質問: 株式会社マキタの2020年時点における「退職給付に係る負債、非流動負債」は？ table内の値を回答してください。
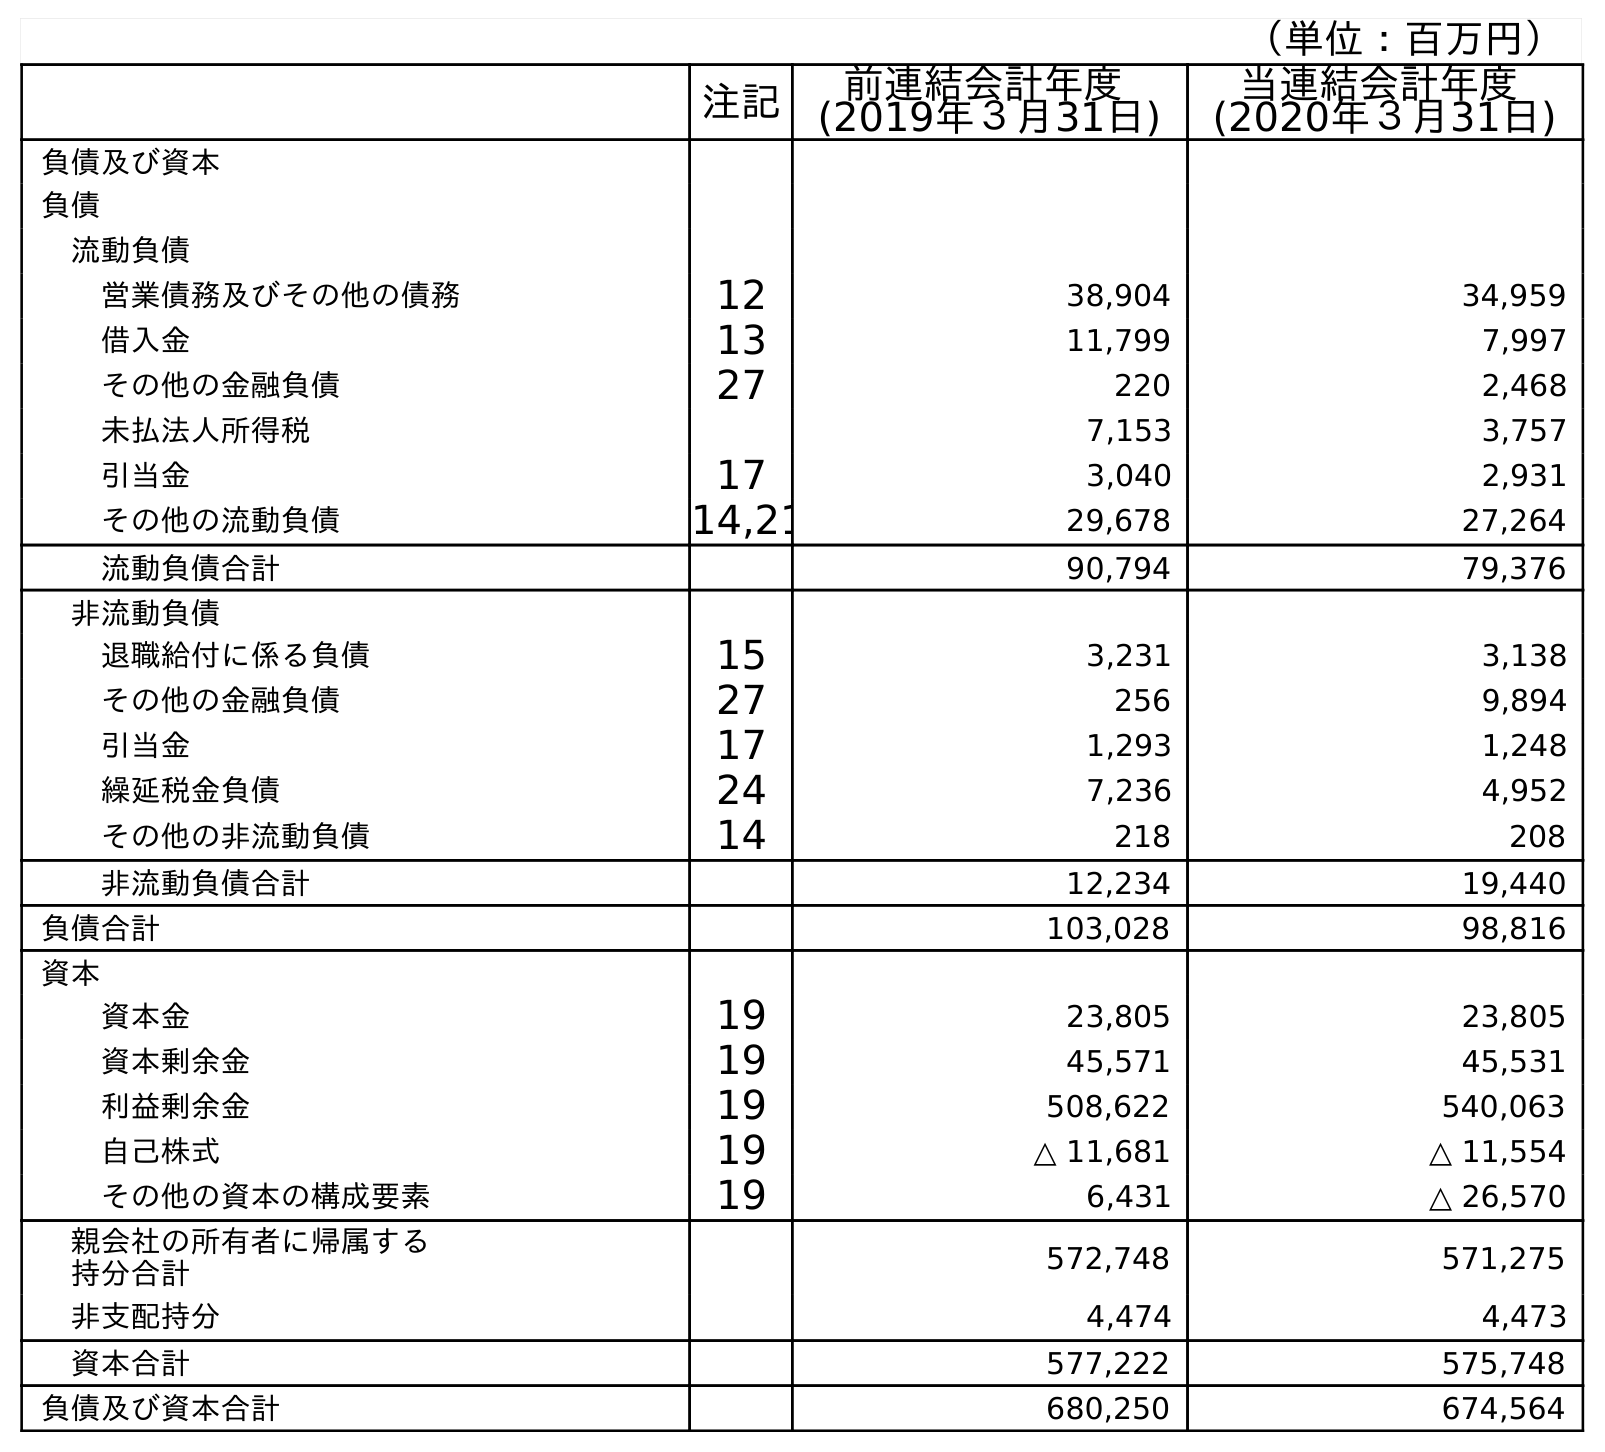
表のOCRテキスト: （単位：百万円） 注記 前連結会計年度 (2019年３月31日) 当連結会計年度 (2020年３月31日) 負債及び資本 負債 流動負債 営業債務及びその他の債務 12 38,904 34,959 借入金 13 11,799 7,997 その他の金融負債 27 220 2,468 未払法人所得税 7,153 3,757 引当金 17 3,040 2,931 その他の流動負債 14,21 29,678 27,264 流動負債合計 90,794 79,376 非流動負債 退職給付に係る負債 15 3,231 3,138 その他の金融負債 27 256 9,894 引当金 17 1,293 1,248 繰延税金負債 24 7,236 4,952 その他の非流動負債 14 218 208 非流動負債合計 12,234 19,440 負債合計 103,028 98,816 資本 資本金 19 23,805 23,805 資本剰余金 19 45,571 45,531 利益剰余金 19 508,622 540,063 自己株式 19 △ 11,681 △ 11,554 その他の資本の構成要素 19 6,431 △ 26,570 親会社の所有者に帰属する 持分合計 572,748 571,275 非支配持分 4,474 4,473 資本合計 577,222 575,748 負債及び資本合計 680,250 674,564
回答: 3,138